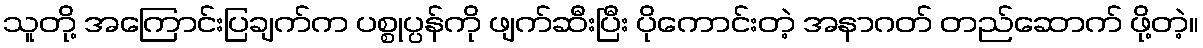
သူတို့ အကြောင်းပြချက်က ပစ္စုပ္ပန်ကို ဖျက်ဆီးပြီး ပိုကောင်းတဲ့ အနာဂတ် တည်ဆောက် ဖို့တဲ့။